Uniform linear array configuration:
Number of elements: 64
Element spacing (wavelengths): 0.5
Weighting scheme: blackman
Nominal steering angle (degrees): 30
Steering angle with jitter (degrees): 29.808
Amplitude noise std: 0.05
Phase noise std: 0.05

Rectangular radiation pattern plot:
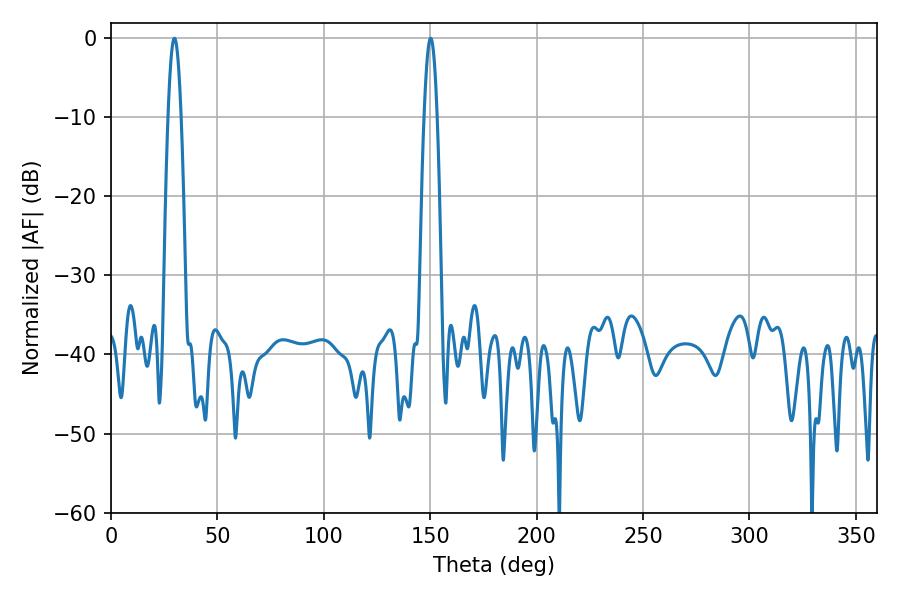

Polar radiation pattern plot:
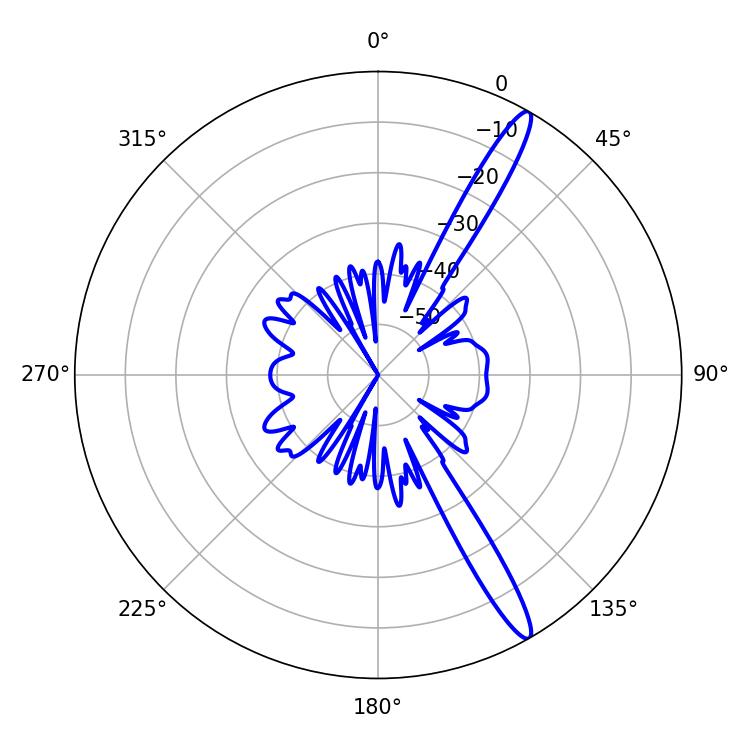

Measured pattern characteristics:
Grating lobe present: FALSE
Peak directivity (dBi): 14.973
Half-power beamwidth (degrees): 3.42
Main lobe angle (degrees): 29.88